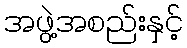
အဖွဲ့အစည်းနှင့်